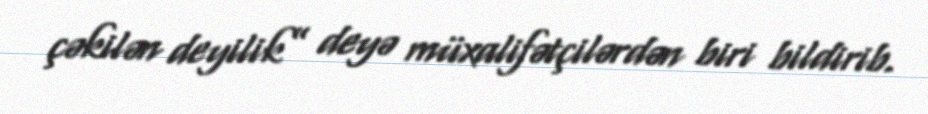
çəkilən deyilik” deyə müxalifətçilərdən biri bildirib.